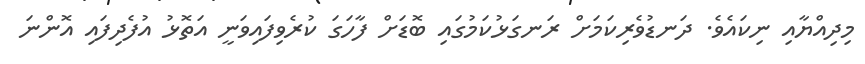
މިދިއްޔާއި ނިކައެވެ. ދަނޑުވެރިކަމަށް ރަނގަޅުކަމުގައި ބޮޑަށް ފާހަގަ ކުރެވިފައިވަނީ އަތޮޅު އުފެދިފައި އޮންނަ